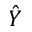
\hat { Y }